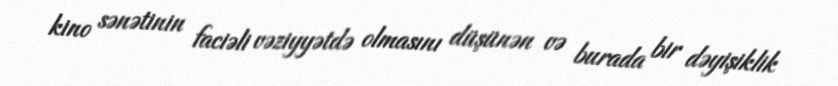
kino sənətinin faciəli vəziyyətdə olmasını düşünən və burada bir dəyişiklik